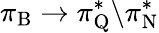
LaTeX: \pi_{\mathrm{B}}\rightarrow\pi_{\mathrm{Q}}^{*}\backslash\pi_{\mathrm{N}}^{*}